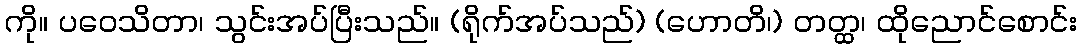
ကို။ ပဝေသိတာ၊ သွင်းအပ်ပြီးသည်။ (ရိုက်အပ်သည်) (ဟောတိ၊) တတ္ထ၊ ထိုညောင်စောင်း